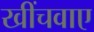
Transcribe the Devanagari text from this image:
खींचवाए